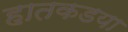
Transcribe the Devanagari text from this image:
हातकडया